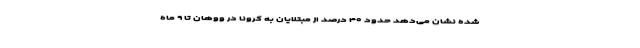
شده نشان می‌دهد حدود ۴۰ درصد از مبتلایان به کرونا در ووهان تا ۹ ماه